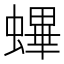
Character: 𧏻